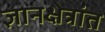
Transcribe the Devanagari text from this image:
ज्ञानक्षेत्रांत